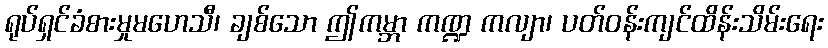
ရုပ်ရှင်ခံစားမှုမဟေသီ၊ ချစ်သော ဤကမ္ဘာ ကဏ္ဍ ကလျာ၊ ပတ်ဝန်းကျင်ထိန်းသိမ်းရေး